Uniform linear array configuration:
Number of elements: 32
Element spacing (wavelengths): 0.5
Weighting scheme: kaiser
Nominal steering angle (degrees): -30
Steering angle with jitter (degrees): -28.512
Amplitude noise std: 0.05
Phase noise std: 0.05

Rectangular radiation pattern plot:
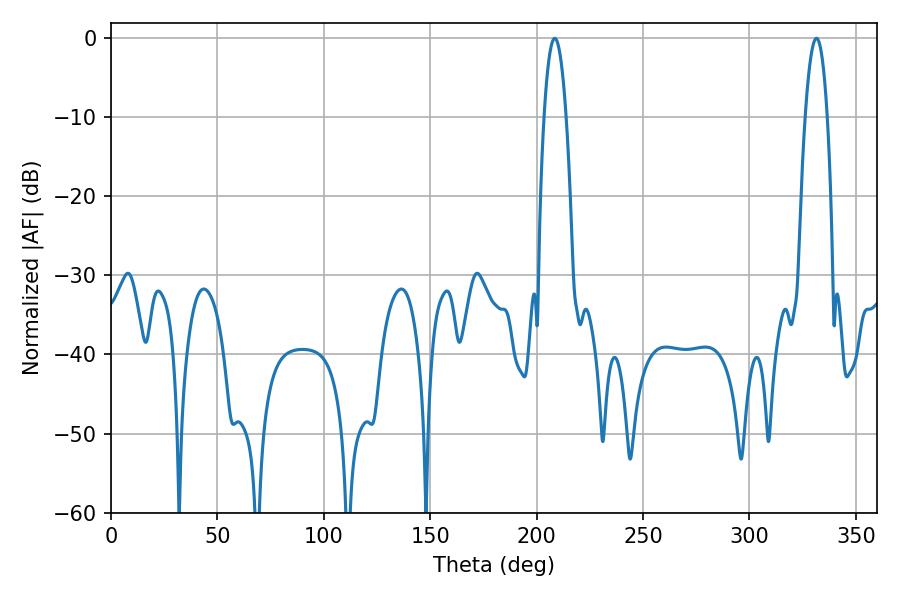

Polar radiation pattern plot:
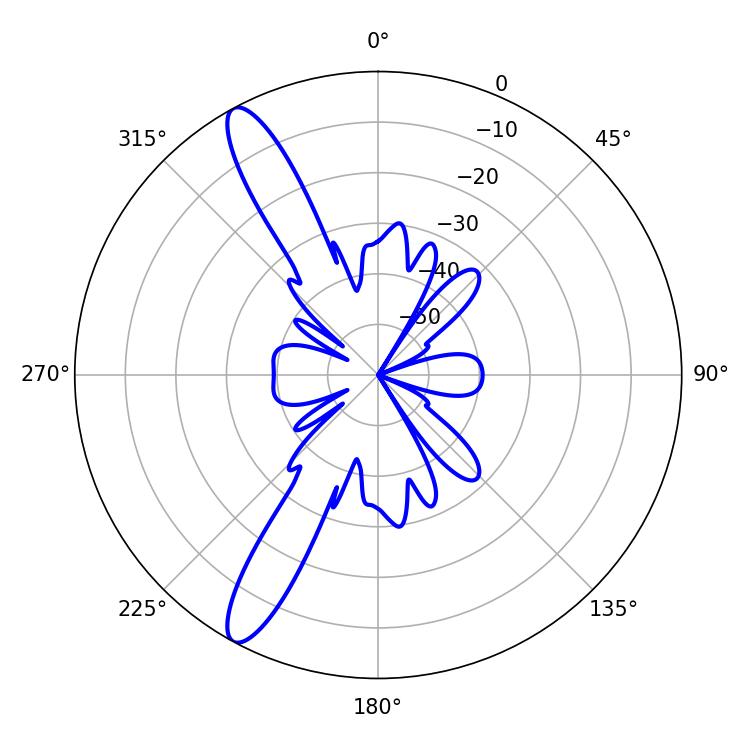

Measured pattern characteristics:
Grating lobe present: FALSE
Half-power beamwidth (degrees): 5.76
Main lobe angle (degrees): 208.44